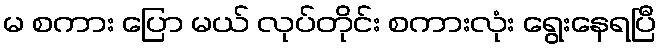
မ စကား ပြော မယ် လုပ်တိုင်း စကားလုံး ရွေးနေရပြီ